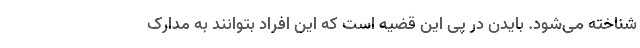
شناخته می‌شود. بایدن در پی این قضیه است که این افراد بتوانند به مدارک